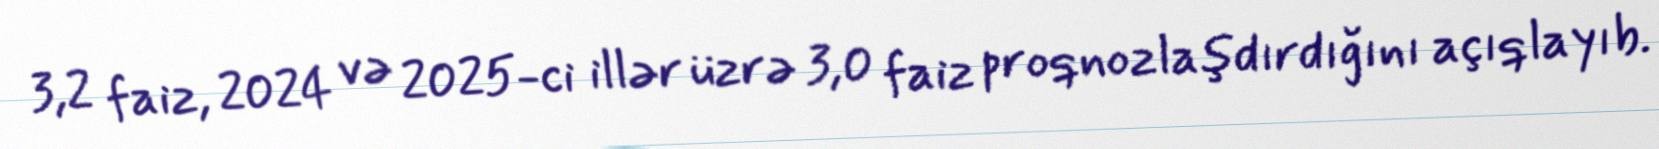
3,2 faiz, 2024 və 2025-ci illər üzrə 3,0 faiz proqnozlaşdırdığını açıqlayıb.